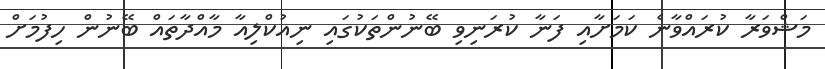
މަޝްވަރާ ކުރައްވާނެ ކަމަށާއި ފަނާ ކުރަނިވި ބޭނުންތަކުގައި ނިއުކްލިއާ މާއްދާތައް ބޭނުން ހިފުމަށް